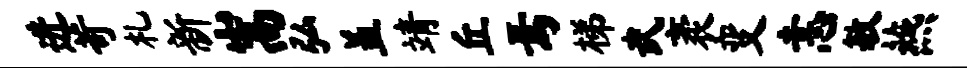
进苛札新嵩弘盖靖丘焉梯武袤变恚敏燕